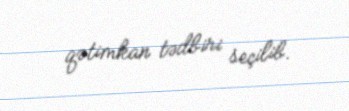
qətimkan tədbiri seçilib.